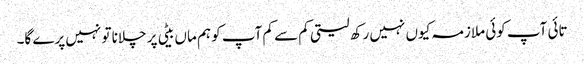
تائی آپ کوئی ملازمہ کیوں نہیں رکھ لیتی کم سے کم آپ کو ہم ماں بیٹی پر چلانا تو نہیں پرے گا۔